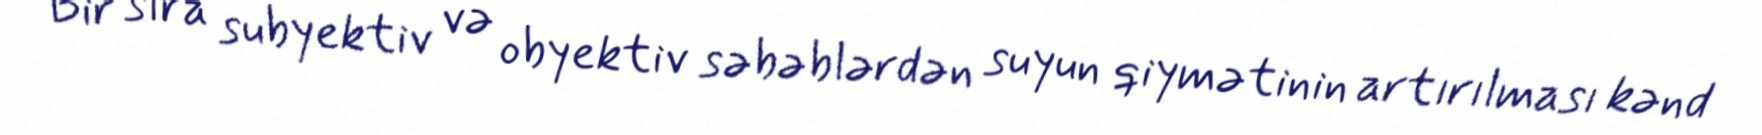
Bir sıra subyektiv və obyektiv səbəblərdən suyun qiymətinin artırılması kənd